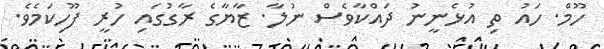
ހޫމް. ހައު ތި އުޅެނީނު ދައްކާވެސް ނުލާ. ޒާޔާގެ ރާގުގައި ހުރީ ފޫހިކަމެވެ.